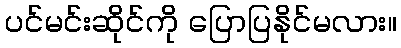
ပင်မင်းဆိုင်ကို ပြောပြနိုင်မလား။